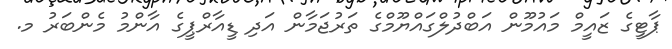
ޕާޓީގެ ޒައީމް މައުމޫން އަބްދުލްގައްޔޫމްގެ ތަރުޖަމާން އަދި ޑީއާރްޕީގެ އާންމު މެންބަރު މ.